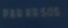
PAR-0505